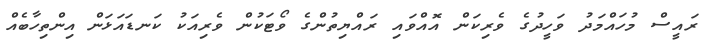
ރައީސް މުހައްމަދު ވަހީދުގެ ވެރިކަން އޮއްވައި ރައްޔިތުންގެ ވޯޓަކުން ވެރިއަކު ކަނޑައަޅަން އިންތިހާބެއް